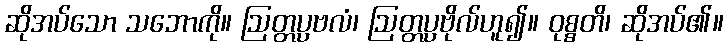
ဆိုအပ်သော သဘောကို။ ဩတ္တပ္ပဗလံ၊ ဩတ္တပ္ပဗိုလ်ဟူ၍။ ဝုစ္စတိ၊ ဆိုအပ်၏။